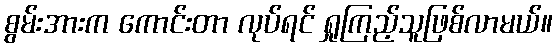
စွမ်းအားက ကောင်းတာ လုပ်ရင် ရှုကြည့်သူဖြစ်လာမယ်။